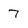
Character: 7